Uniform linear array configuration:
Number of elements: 16
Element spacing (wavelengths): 0.75
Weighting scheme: blackman
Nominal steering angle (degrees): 30
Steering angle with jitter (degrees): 31.447
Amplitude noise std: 0.05
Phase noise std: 0.05

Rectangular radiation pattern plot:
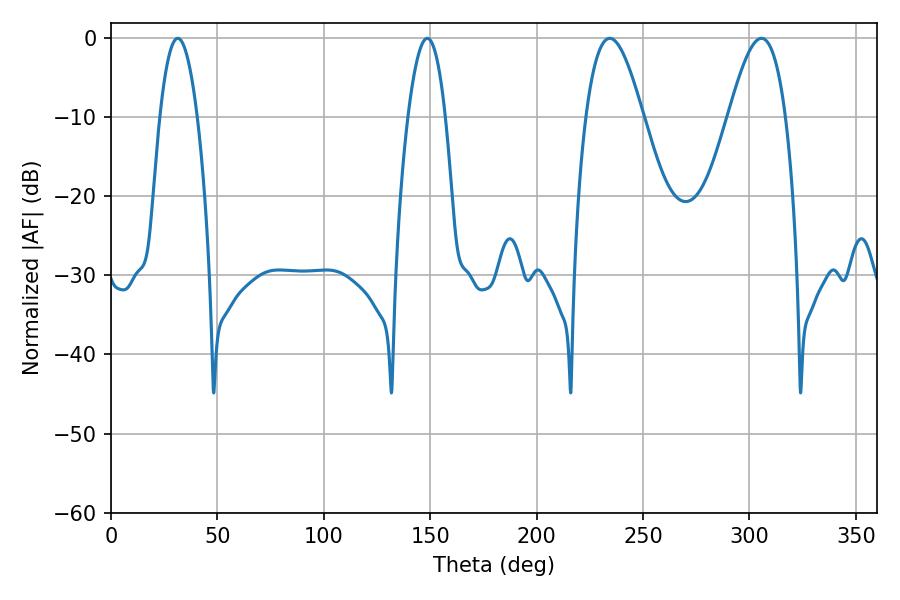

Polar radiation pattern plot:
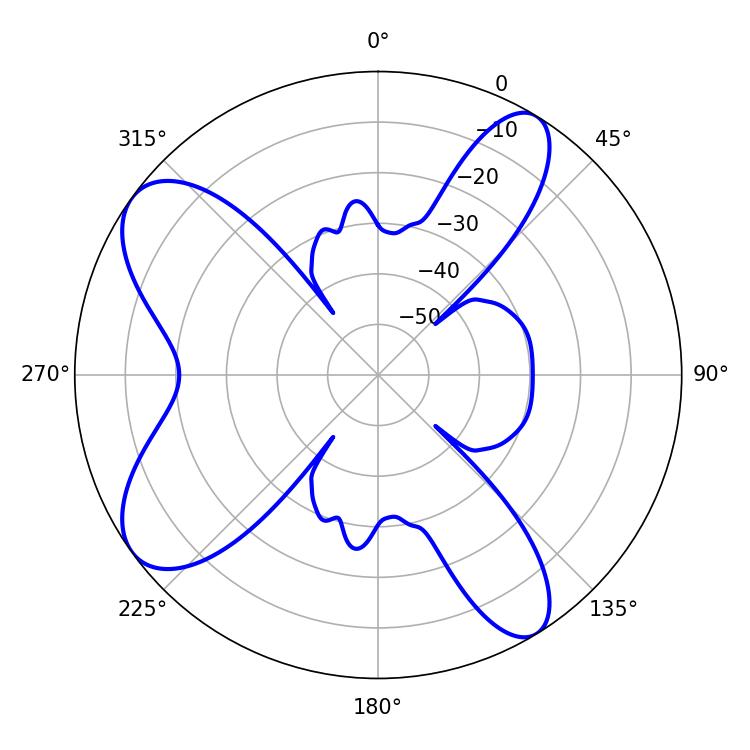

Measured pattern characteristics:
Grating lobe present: TRUE
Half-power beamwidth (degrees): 14.58
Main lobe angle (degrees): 234.36